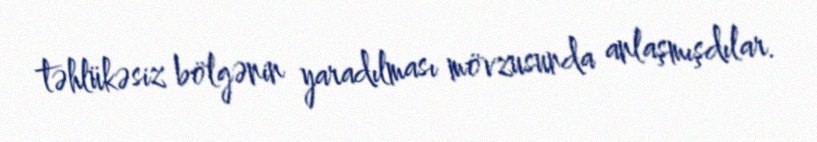
təhlükəsiz bölgənin yaradılması mövzusunda anlaşmışdılar.